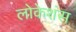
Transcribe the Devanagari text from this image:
लोकेशंस